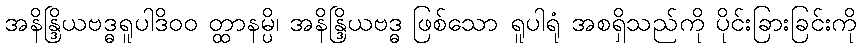
အနိန္ဒြိယဗဒ္ဓရူပါဒိ၀၀ တ္ထာနမ္ပိ၊ အနိန္ဒြိယဗဒ္ဓ ဖြစ်သော ရူပါရုံ အစရှိသည်ကို ပိုင်းခြားခြင်းကို